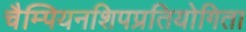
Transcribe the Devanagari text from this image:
चैम्पियनशिपप्रतियोगिता